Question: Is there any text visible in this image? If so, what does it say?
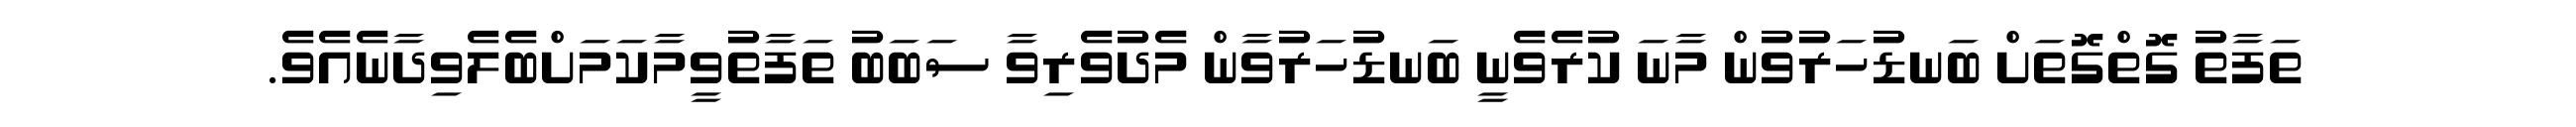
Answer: ތަފާތު ގޮތްގޮތަށް ބަނޑުހަރުވުން މާނަ ކުރެވެނީ ބަނޑުހަރުވާން މެދުވެރިވާ ސަބަބު ތަފާތުވީމާކަމަށްބެލެވިދާނެއެވެ.